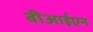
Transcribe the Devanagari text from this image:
बीआईएन